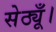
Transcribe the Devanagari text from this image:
सेठ्यूँ।